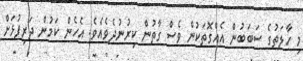
މި ހާލަތުގެ ސަބަބުން އެއްގޮތަކުން ވެސް ގާތުން ކިރުނުދެވެއެވެ. އެހެން ކަމުން ދަރިފުޅަށް